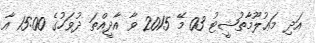
އަދި މަޢުލޫމާތުޝީޓު 03 މޭ 2015 ވާ އާދީއްތަ ދުވަހުގެ 15:00 އާ